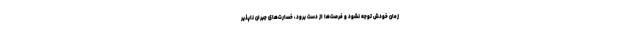
زمان خودش توجه نشود و فرصت‌ها از دست برود، خسارت‌های جبران ناپذیر